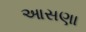
આસણા